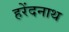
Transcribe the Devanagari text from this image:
हरेंदनाथ